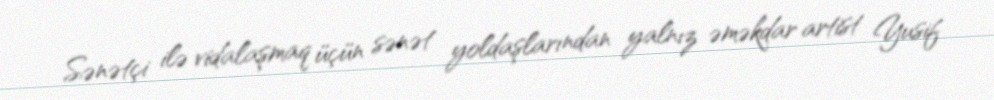
Sənətçi ilə vidalaşmaq üçün sənət yoldaşlarından yalnız əməkdar artist Yusif